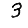
Digit: 3